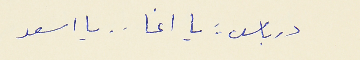
درباس : يا اغا . . يا اسعد